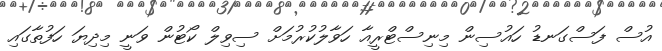
އުސް ފަސްގަނޑު ހައުސިން މިނިސްޓްރީއާ ހަވާލުކުރުމަށް ސިވިލް ކޯޓުން ވަނީ މިދިޔަ ހަފުތާގައި